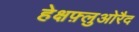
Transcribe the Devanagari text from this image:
हेक्षफ़्लुओरैद